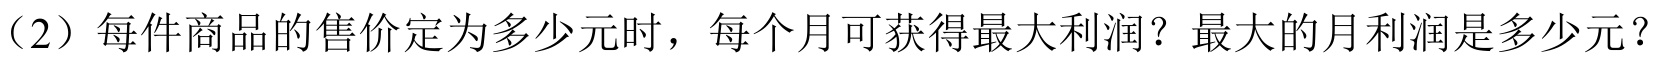
（2）每件商品的售价定为多少元时，每个月可获得最大利润？最大的月利润是多少元？